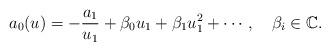
LaTeX: \begin{align*}a_0(u)=-\frac{a_1}{u_1}+\beta_0u_1+\beta_1u_1^2+\cdots, \,\,\,\,\,\,\beta_i\in \mathbb{C}.\end{align*}